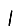
Digit: 1